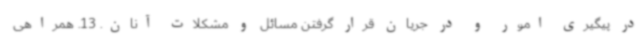
در پیگیری امور و در جریان قرار گرفتن مسائل و مشکلات آنان. 13. همراهی